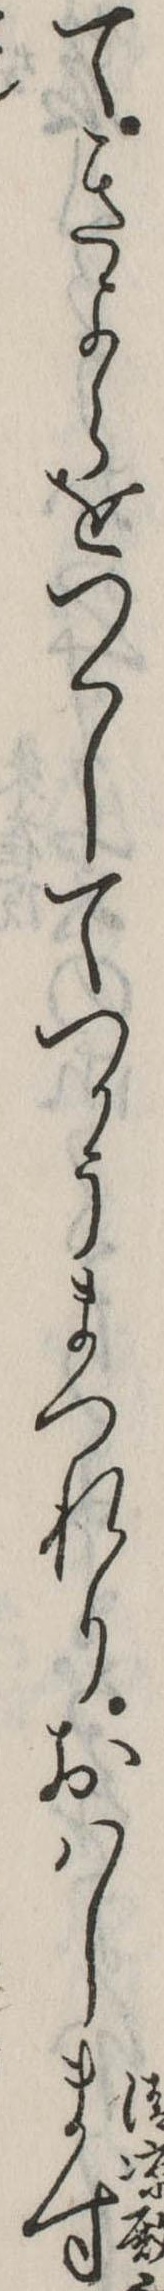
てきよらをつくしてつかうまつれりおはします